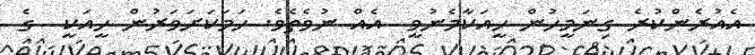
އެއުރެންކުރެ ގިނަމީހުން ހީއަކާމެނުވީ  އެއް ނުވެތެވެ. ހަމަކަށަވަރުން ހީއަކީ  ގެ